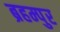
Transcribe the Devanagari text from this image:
ब्रहम्पुर